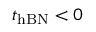
t _ { \mathrm { h B N } } < 0